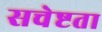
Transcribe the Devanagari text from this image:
सचेष्टता